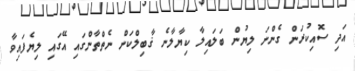
އަދި ސޮއިކުރަން ގެންނަ ލިޔުން ބަލައިލާ ކިޔާލާނެ ޤާބިލްކަން ނެތްތާންގައި އޭގައި ލިޔެފައިވާ